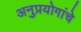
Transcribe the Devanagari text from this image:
अनुप्रयोगांचे